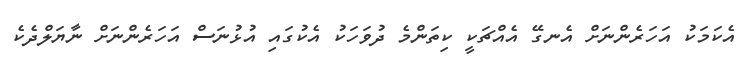
އެކަމަކު އަހަރެންނަށް އެނގޭ އެއްޗަކީ ކިތަންމެ ދުވަހަކު އެކުގައި އުޅުނަސް އަހަރެންނަށް ނާޔަލްދެކެ